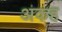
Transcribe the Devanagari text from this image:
अकह